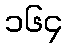
၁၆၄